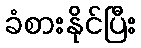
ခံစားနိုင်ပြီး